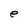
Character: e